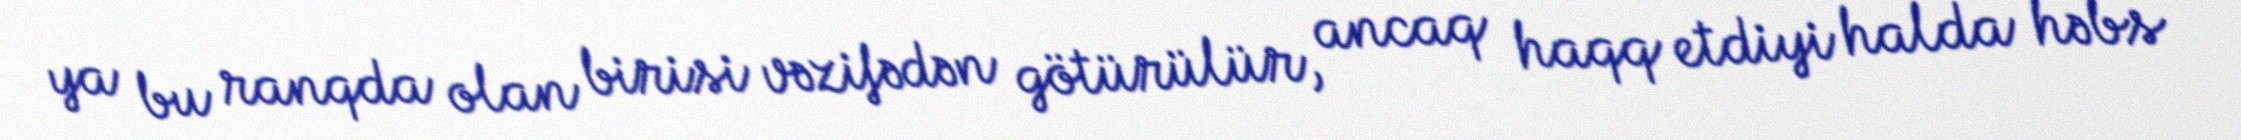
ya bu ranqda olan birisi vəzifədən götürülür, ancaq haqq etdiyi halda həbs